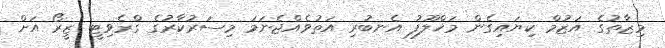
މިޒާތުގެ އަޒުމް ކިޔައިގެން މަޚްލޫފު އެނބުރި އަތުވެއްޖެނަމަ މިސަރުކާރުގެ ގްރެވިޓީ ޒީރޯ އަށް